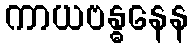
ကာယဗန္ဓနေန